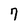
Character: 7